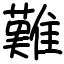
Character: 難